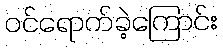
ဝင်ရောက်ခဲ့ကြောင်း